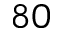
_ { 8 0 }